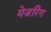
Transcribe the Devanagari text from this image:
मेज़रिंग